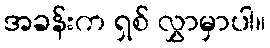
အခန်းက ရှစ် လွှာမှာပါ။